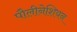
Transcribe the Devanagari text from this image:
पौलीनेशियन